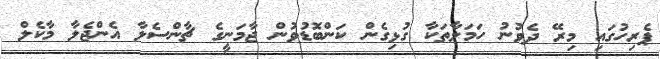
ޕެރިހުގައި މިރޭ ދެވުނު ހަމަލާތަކާ ގުޅިގެން ކަންބޮޑުވުން ޖާމަނީގެ ޗާންސެލާ އެންޖެލާ މާކެލް